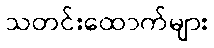
သတင်းထောက်များ